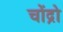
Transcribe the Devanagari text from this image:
चोंद्रो